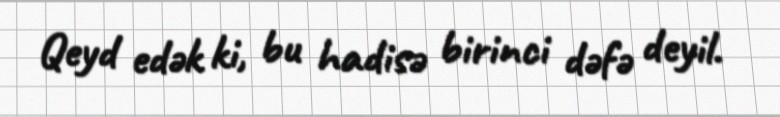
Qeyd edək ki, bu hadisə birinci dəfə deyil.